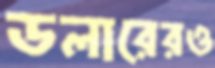
ডলারেরও